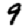
Digit: 9